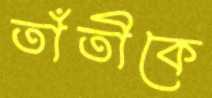
তাঁতীকে